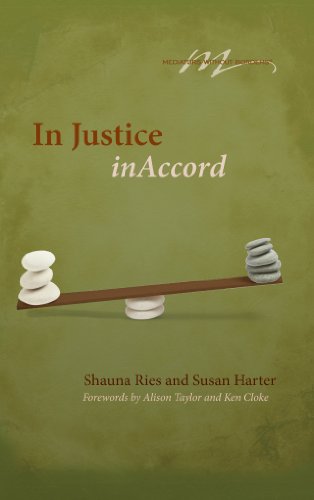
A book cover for In Justice, InAccord; Shauna Ries; Law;